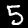
Digit: 5